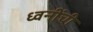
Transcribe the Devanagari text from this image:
ध्वनींची